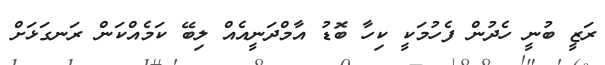
ރަޒީ ބުނީ ހެދުން ފެހުމަކީ ކިހާ ބޮޑު އާމްދަނީއެއް ލިބޭ ކަމެއްކަން ރަނގަޅަށް